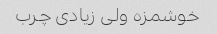
خوشمزه ولی زیادی چرب